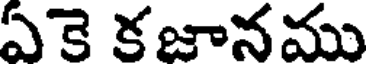
ఏకె కజానము